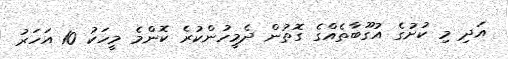
އަދި މި ކުށުގެ އުގޫބާތެއްގެ ގޮތުން ދެމީހުންކުރެ ކޮންމެ މީހަކު 10 އަހަރު